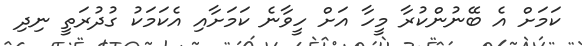
ކަމަށް އެ ބޭނުންކުރާ މީހާ އަށް ހީވާނެ ކަމަށާއި އެކަމަކު ގުދުރަތީ ނިދި